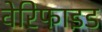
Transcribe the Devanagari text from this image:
वेरिफाइड